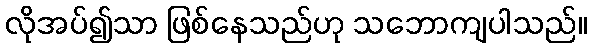
လိုအပ်၍သာ ဖြစ်နေသည်ဟု သဘောကျပါသည်။